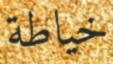
خیاطة